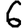
Digit: 6